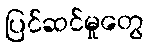
ပြင်ဆင်မှုတွေ